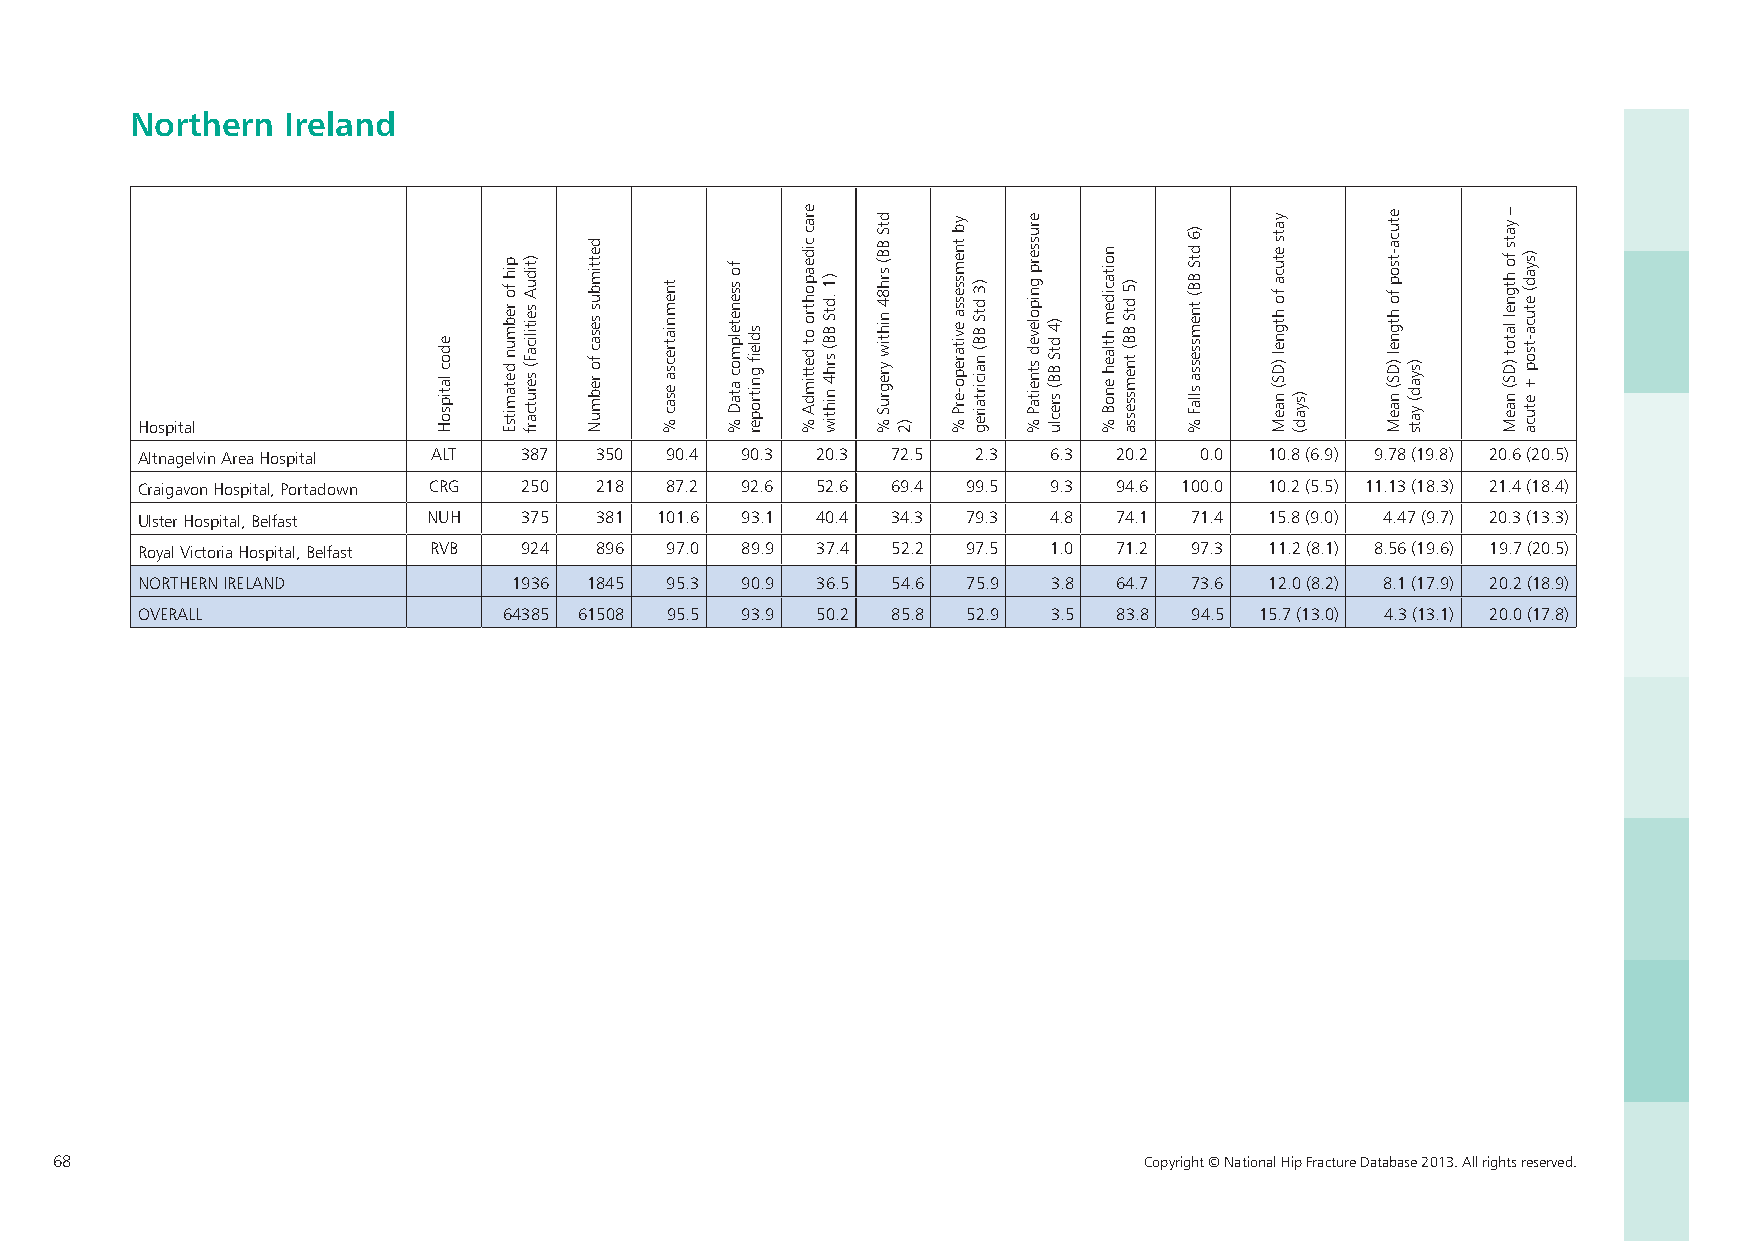
Northern  Ireland
 Hospital
 Altnagelvin Area Hospital ALT 387 350 90.4 90.3 20.3 72.5 2.3 6.3 20.2 0.0 10.8 (6.9) 9.78 (19.8) 20.6 (20.5)
 Craigavon Hospital, Portadown CRG 250 218 87.2 92.6 52.6 69.4 99.5 9.3 94.6 100.0 10.2 (5.5) 11.13 (18.3) 21.4 (18.4)
 Ulster Hospital, Belfast NUH 375 381 101.6 93.1 40.4 34.3 79.3 4.8 74.1 71.4 15.8 (9.0) 4.47 (9.7) 20.3 (13.3)
 Royal Victoria Hospital, Belfast RVB 924 896 97.0 89.9 37.4 52.2 97.5 1.0 71.2 97.3 11.2 (8.1) 8.56 (19.6) 19.7 (20.5)
 NORTHERN IRELAND         1936 1845 95.3 90.9 36.5 54.6 75.9  3.8 64.7 73.6 12.0 (8.2) 8.1 (17.9) 20.2 (18.9)
 OVERALL                 64385 61508 95.5 93.9 50.2 85.8 52.9 3.5 83.8 94.5 15.7 (13.0) 4.3 (13.1) 20.0 (17.8)
 68                                                                      Copyright © National Hip Fracture Database 2013. All rights reserved.
 edoc
 latipsoH
 pih fo rebmun
 detamitsE
 )tiduA seitilicaF(
 serutcarf
 dettimbus sesac
 fo rebmuN
 tnemniatrecsa
 esac
 %
 fo ssenetelpmoc
 ataD
 %
 sdlefi
 gnitroper
 erac
 cideapohtro ot
 dettimdA
 %
 )1 .dtS BB(
 srh4 nihtiw
 dtS
 BB( srh84 nihtiw
 yregruS
 % )2
 yb
 tnemssessa evitarepo-erP
 %
 )3 dtS BB(
 naicirtaireg
 erusserp
 gnipoleved
 stneitaP
 %
 )4
 dtS
 BB( sreclu
 noitacidem htlaeh
 enoB
 %
 )5 dtS BB(
 tnemssessa
 )6
 dtS BB( tnemssessa
 sllaF
 %
 yats
 etuca fo htgnel
 )DS( naeM )syad(
 etuca-tsop
 fo htgnel
 )DS( naeM )syad(
 yats
 – yats
 fo htgnel latot
 )DS( naeM
 )syad( etuca-tsop
 + etuca